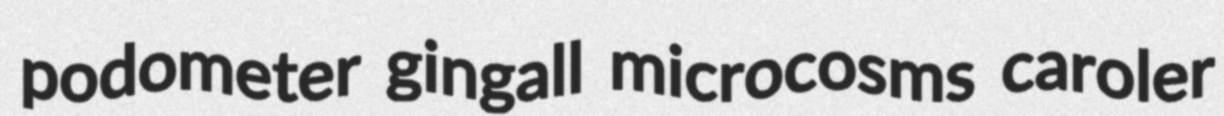
podometer gingall microcosms caroler